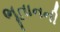
ભૂતાનની